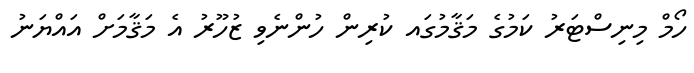
ހޯމް މިނިސްޓަރު ކަމުގެ މަޤާމުގައ ކުރިން ހުންނެވި ޒުހޫރު އެ މަޤާމަށް އައްޔަނު